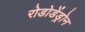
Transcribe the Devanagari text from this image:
रोडोडेंड्रोन